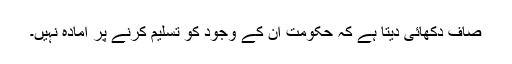
صاف دکھائی دیتا ہے کہ حکومت ان کے وجود کو تسلیم کرنے پر آمادہ نہیں۔